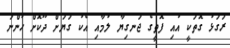
ރަގަޅު ގޮތަކީ އުއި ފޮތީގެ ޖަނގިޔާ ލުމާއި އެކު ގަޔަށް ދޫކޮށް ހުންނަ